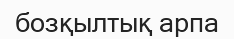
бозқылтық арпа